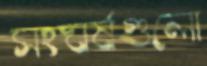
সংঘর্ষগুলো